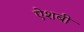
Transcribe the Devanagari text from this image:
ऐशबी